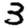
Digit: 3